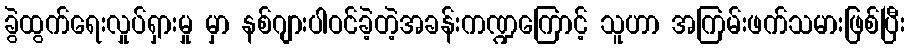
ခွဲထွက်ရေးလှုပ်ရှားမှု မှာ နစ်ဂျားပါဝင်ခဲ့တဲ့အခန်းကဏ္ဍကြောင့် သူဟာ အကြမ်းဖက်သမားဖြစ်ပြီး